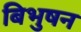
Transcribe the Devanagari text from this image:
बिभुषन